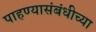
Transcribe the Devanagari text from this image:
पाहण्यासंबंधीच्या